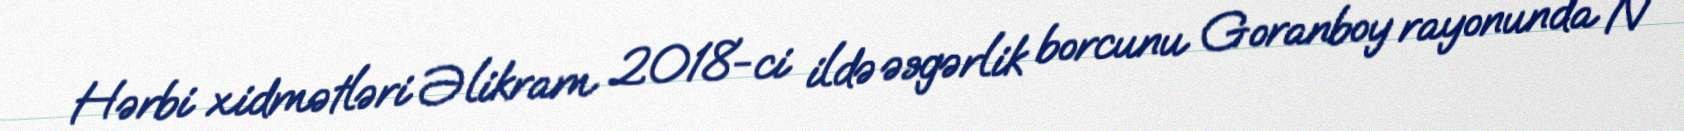
Hərbi xidmətləri Əlikram 2018-ci ildə əsgərlik borcunu Goranboy rayonunda N